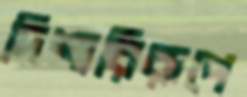
দিশারিরূপে